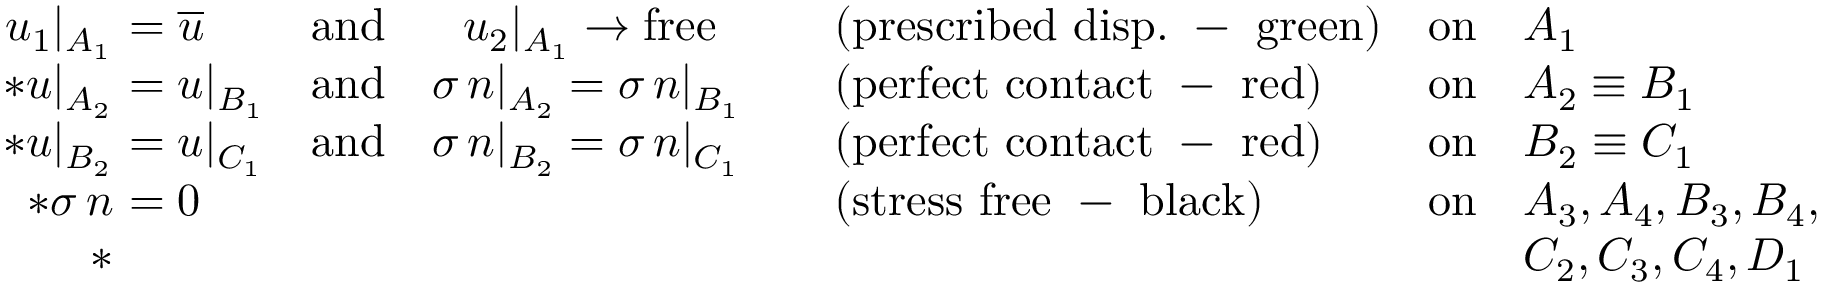
\begin{array} { r } { \begin{array} { r l l l l l } { u _ { 1 } \vert _ { A _ { 1 } } } & { \! \! \! \! = \overline { { u } } } & { \mathrm { a n d } \quad \, \, \, \, u _ { 2 } \vert _ { A _ { 1 } } \to \mathrm { f r e e } } & { \quad ( \mathrm { p r e s c r i b e d ~ d i s p . ~ - ~ g r e e n } ) } & { \mathrm { o n } } & { A _ { 1 } } \\ { * u \vert _ { A _ { 2 } } } & { \! \! \! \! = u \vert _ { B _ { 1 } } } & { \mathrm { a n d } \quad \sigma \, n \vert _ { A _ { 2 } } = \sigma \, n \vert _ { B _ { 1 } } } & { \quad ( \mathrm { p e r f e c t ~ c o n t a c t ~ - ~ r e d } ) } & { \mathrm { o n } } & { A _ { 2 } \equiv B _ { 1 } } \\ { * u \vert _ { B _ { 2 } } } & { \! \! \! \! = u \vert _ { C _ { 1 } } } & { \mathrm { a n d } \quad \sigma \, n \vert _ { B _ { 2 } } = \sigma \, n \vert _ { C _ { 1 } } } & { \quad ( \mathrm { p e r f e c t ~ c o n t a c t ~ - ~ r e d } ) } & { \mathrm { o n } } & { B _ { 2 } \equiv C _ { 1 } } \\ { * \sigma \, n } & { \! \! \! \! = 0 } & & { \quad ( \mathrm { s t r e s s ~ f r e e ~ - ~ b l a c k } ) } & { \mathrm { o n } } & { A _ { 3 } , A _ { 4 } , B _ { 3 } , B _ { 4 } , } \\ { * } & & & & & { C _ { 2 } , C _ { 3 } , C _ { 4 } , D _ { 1 } } \end{array} } \end{array}